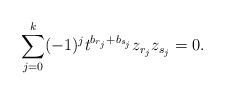
LaTeX: \begin{align*} \sum_{j=0}^{k}(-1)^j t^{b_{r_j}+b_{s_j}}z_{r_j}z_{s_j}=0. \end{align*}